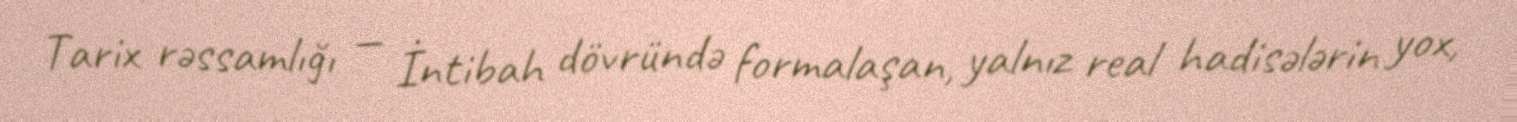
Tarix rəssamlığı — İntibah dövründə formalaşan, yalnız real hadisələrin yox,